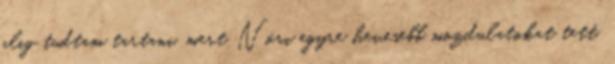
alig tudtam tartani, mert Nóri egyre hevesebb mozdulatokat tett.